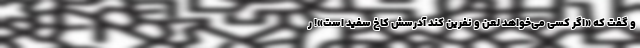
و گفت که «اگر کسی می‌خواهد لعن و نفرین کند آدرسش کاخ سفید است»! ر